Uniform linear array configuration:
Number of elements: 12
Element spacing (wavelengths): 1
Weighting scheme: kaiser
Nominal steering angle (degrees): -30
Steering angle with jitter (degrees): -30.219
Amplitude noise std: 0.05
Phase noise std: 0.05

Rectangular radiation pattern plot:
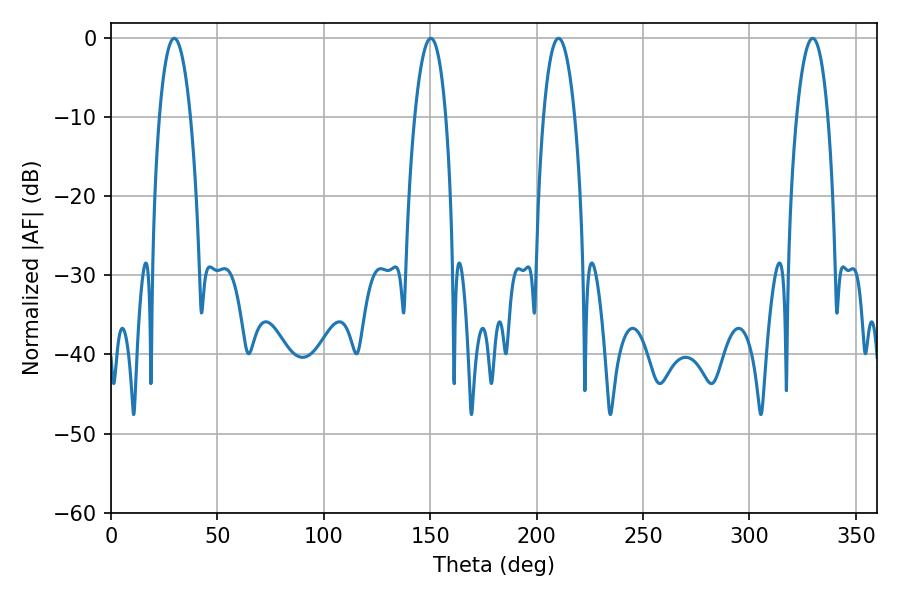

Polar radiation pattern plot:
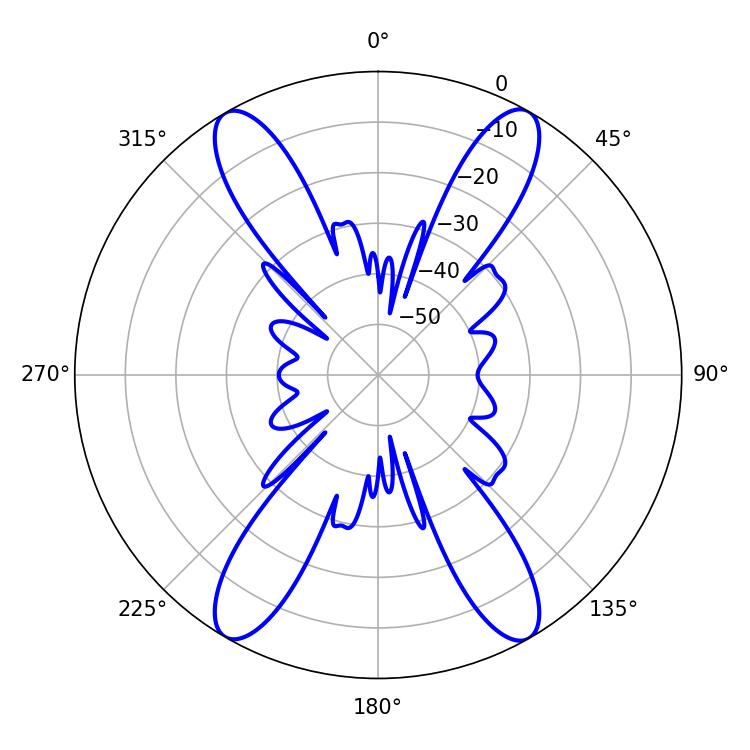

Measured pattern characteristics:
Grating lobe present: TRUE
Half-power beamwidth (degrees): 8.1
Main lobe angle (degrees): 29.7